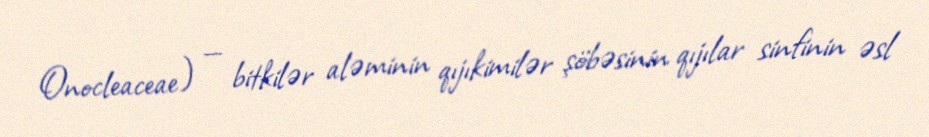
Onocleaceae) — bitkilər aləminin qıjıkimilər şöbəsinin qıjılar sinfinin əsl